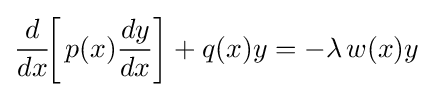
{\frac {d}{dx}}\!\!\left[\,p(x){\frac {dy}{dx}}\right]+q(x)y=-\lambda \,w(x)y